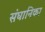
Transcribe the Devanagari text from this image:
संघानिका